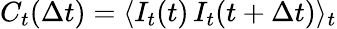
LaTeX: C_{t}(\Delta t)=\langle I_{t}(t)\, I_{t}(t+\Delta t)\rangle_{t}